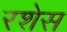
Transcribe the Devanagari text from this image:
रशेस